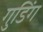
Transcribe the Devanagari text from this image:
गुडिंग